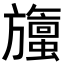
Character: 𬀞